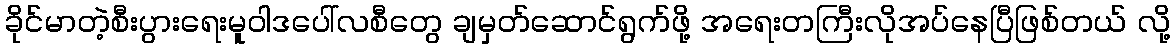
ခိုင်မာတဲ့စီးပွားရေးမူဝါဒပေါ်လစီတွေ ချမှတ်ဆောင်ရွက်ဖို့ အရေးတကြီးလိုအပ်နေပြီဖြစ်တယ် လို့